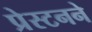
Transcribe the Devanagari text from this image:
प्रेस्टनने